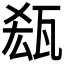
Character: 𱰉